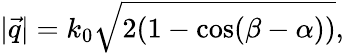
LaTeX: |\vec{q}|=k_{0}\sqrt{2(1-\cos(\beta-\alpha))},